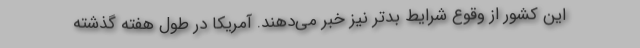
این کشور از وقوع شرایط بدتر نیز خبر می‌دهند. آمریکا در طول هفته گذشته